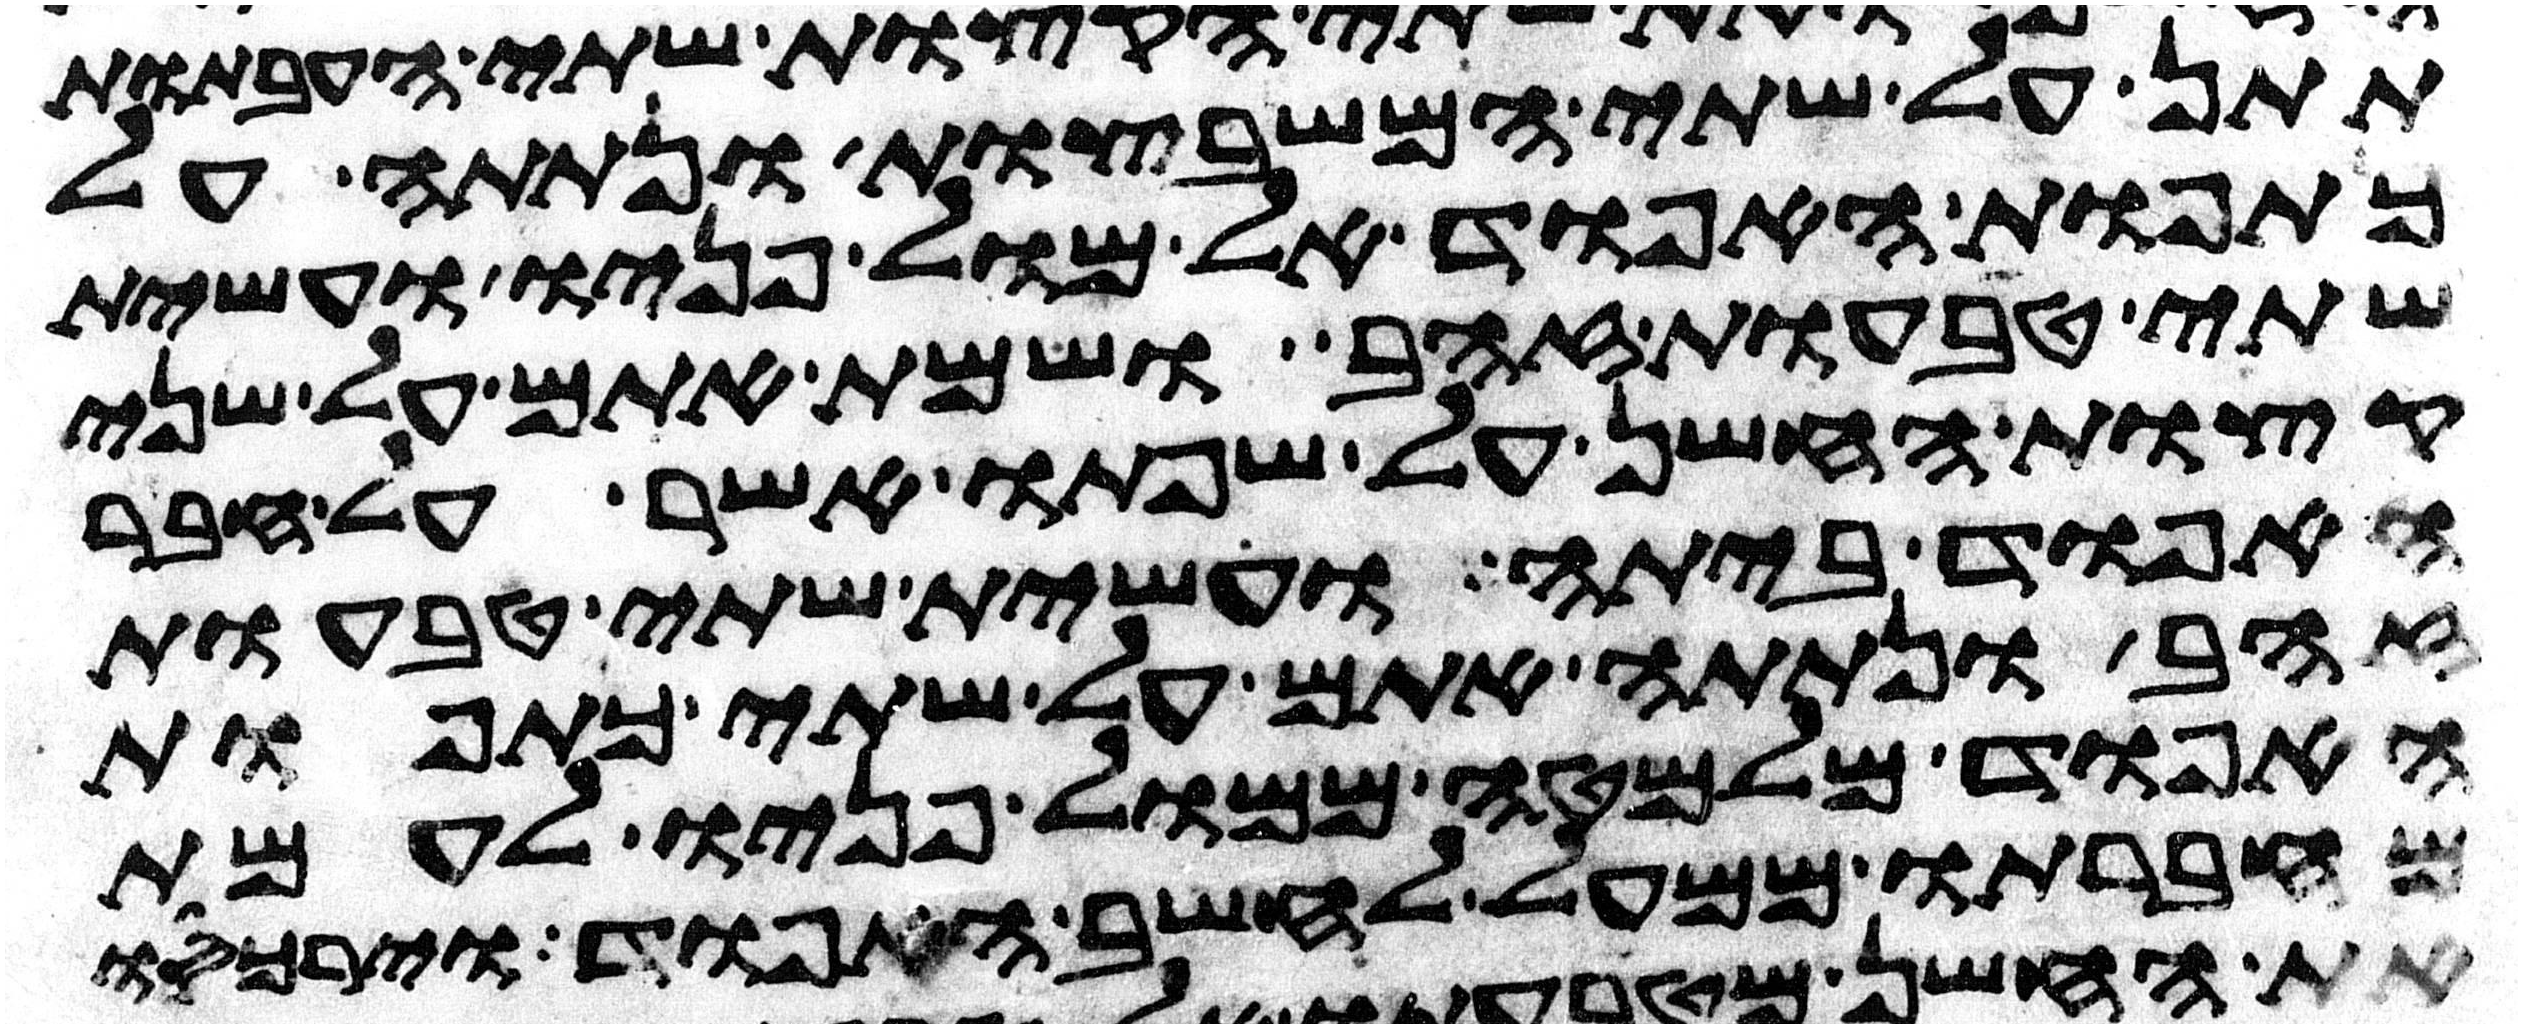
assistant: תתן על שתי המשבצות ונתתה על
כתפות האפוד אל מול פניו ועשית
שתי טבעות זהב ושמת אתם על שני
קצות החשן על שפתו אשר על חבר
האפוד ביתה ועשית שתי טבעות
זהב ונתתה אתם על שתי כתפות
האפוד מלמטה ממול פניו לעמת
מחברתו ממעל לחשב האפוד וירכסו